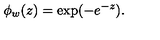
\phi _ { w } ( z ) = \mathrm { e x p } ( - e ^ { - z } ) .